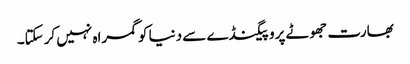
بھارت جھوٹے پروپیگنڈے سے دنیا کوگمراہ نہیں کرسکتا۔